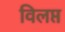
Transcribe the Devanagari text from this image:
विलप्त